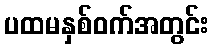
ပထမနှစ်ဝက်အတွင်း